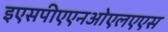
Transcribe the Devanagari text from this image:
इएसपीएएनओएलएएस